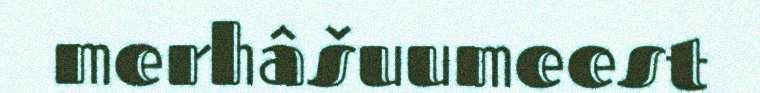
merhâšuumeest